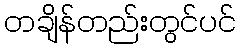
တချိန်တည်းတွင်ပင်